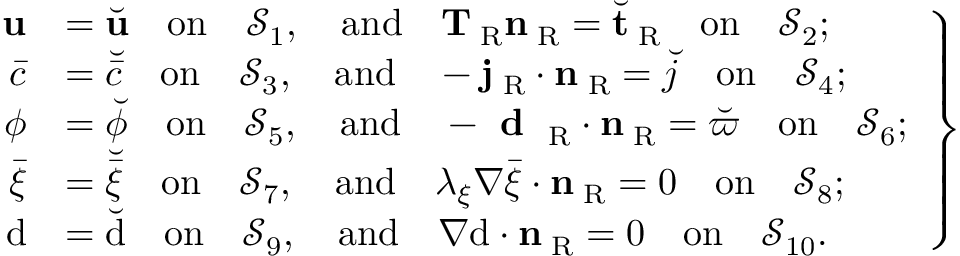
\left. \begin{array} { r l } { { \bf u } } & { = \breve { { \bf u } } \quad \mathrm { o n } \quad \mathcal { S } _ { 1 } , \quad \mathrm { a n d } \quad { \bf T } _ { \mathrm { \tiny ~ R } } { \bf n } _ { \mathrm { \tiny ~ R } } = \breve { { \bf t } } _ { \mathrm { \tiny ~ R } } \quad \mathrm { o n } \quad \mathcal { S } _ { 2 } ; } \\ { \bar { c } } & { = \breve { \bar { c } } \quad \mathrm { o n } \quad \mathcal { S } _ { 3 } , \quad \mathrm { a n d } \quad - { \bf j } _ { \mathrm { \tiny ~ R } } \cdot { \bf n } _ { \mathrm { \tiny ~ R } } = \breve { j } \quad \mathrm { o n } \quad \mathcal { S } _ { 4 } ; } \\ { \phi } & { = \breve { \phi } \quad \mathrm { o n } \quad \mathcal { S } _ { 5 } , \quad \mathrm { a n d } \quad - \textbf { d } _ { \mathrm { \tiny ~ R } } \cdot { \bf n } _ { \mathrm { \tiny ~ R } } = \breve { \varpi } \quad \mathrm { o n } \quad \mathcal { S } _ { 6 } ; } \\ { \bar { \xi } } & { = \breve { \bar { \xi } } \quad \mathrm { o n } \quad \mathcal { S } _ { 7 } , \quad \mathrm { a n d } \quad \lambda _ { \xi } \nabla \bar { \xi } \cdot { \bf n } _ { \mathrm { \tiny ~ R } } = 0 \quad \mathrm { o n } \quad \mathcal { S } _ { 8 } ; } \\ { \mathrm { d } } & { = \breve { \mathrm { d } } \quad \mathrm { o n } \quad \mathcal { S } _ { 9 } , \quad \mathrm { a n d } \quad { \nabla \mathrm { d } } \cdot { \bf n } _ { \mathrm { \tiny ~ R } } = 0 \quad \mathrm { o n } \quad \mathcal { S } _ { 1 0 } . } \end{array} \right\}